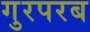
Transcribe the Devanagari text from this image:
गुरपरब